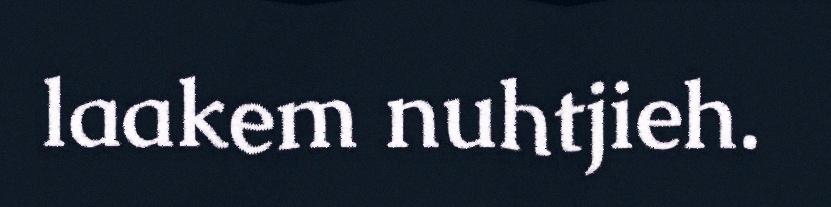
laakem nuhtjieh.